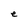
Character: e